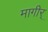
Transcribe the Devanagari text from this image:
मागीर्